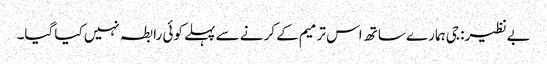
بےنظیر: جی ہمارے ساتھ اس ترمیم کے کرنے سے پہلے کوئی رابطہ نہیں کیا گیا۔